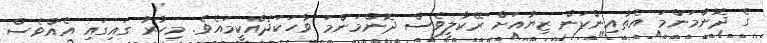
ގެ ދޮންމަންމަ އެތާއިންކަން ޒިޔާއަށް ރޭކާލީވެސް ދޮންމަންމަ ވާހަކަދެއްކީމައެވެ. މިހާރު ގައިގައި އެއްވެސް